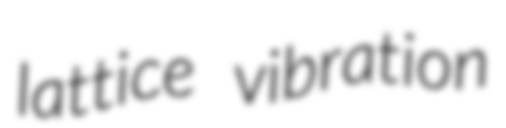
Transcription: lattice vibration